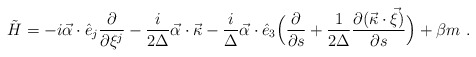
\begin{align*}\tilde{H} = -i \vec{\alpha} \cdot \hat{e}_j \frac{\partial}{\partial \xi^j} - \frac{i}{2 \Delta} \vec{\alpha} \cdot \vec{\kappa} - \frac{i}{\Delta} \vec{\alpha} \cdot \hat{e}_3 \Bigl( \frac{\partial}{\partial s} + \frac{1}{2 \Delta} \frac{\partial ( \vec{\kappa}\cdot \vec{\xi} )}{\partial s} \Bigr) + \beta m\ . \end{align*}